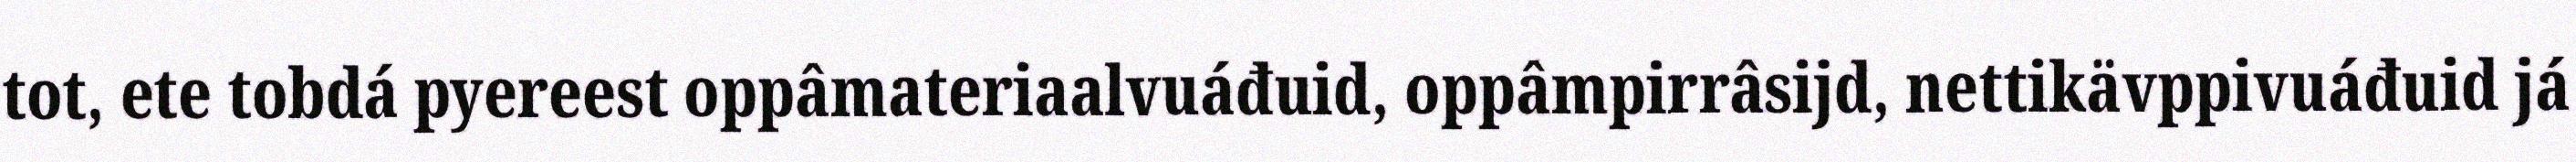
tot, ete tobdá pyereest oppâmateriaalvuáđuid, oppâmpirrâsijd, nettikävppivuáđuid já